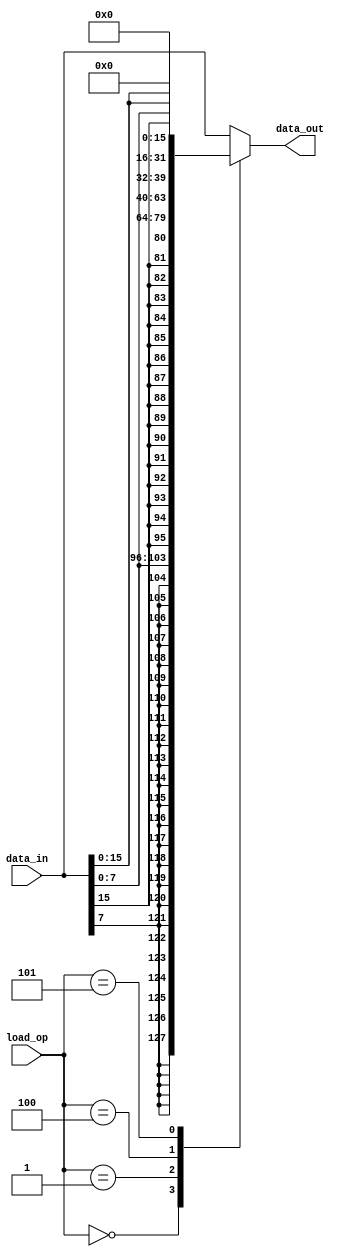
module memory_load#(parameter WIDTH=32) (
    input[WIDTH-1:0] data_in,
    input[2:0] load_op,
    output reg[WIDTH-1:0] data_out
     
);

always @(*) begin
    case (load_op)
        0:data_out=$signed (data_in[7:0]) ;//lb
        1:data_out=$signed (data_in[15:0]) ;//lh
        2:data_out=$signed (data_in[31:0]) ;//lw
        3:data_out=data_in;//ld
        4:data_out=$unsigned (data_in[7:0]) ;//lbu
        5:data_out=$unsigned (data_in[15:0]) ;//lhu
        6:data_out=$unsigned (data_in[31:0]) ;//lwu
    default:
            data_out=data_in;//ld
    endcase
end
    
endmodule